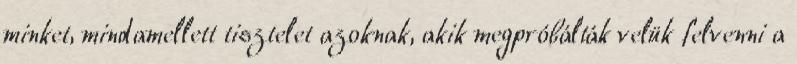
minket, mindamellett tisztelet azoknak, akik megpróbálták velük felvenni a